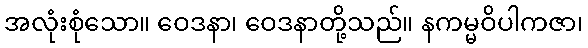
အလုံးစုံသော။ ဝေဒနာ၊ ဝေဒနာတို့သည်။ နကမ္မဝိပါကဇာ၊